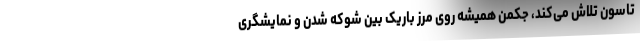
تاسون تلاش می‌کند، جکمن همیشه روی مرز باریک بین شوکه شدن و نمایشگری